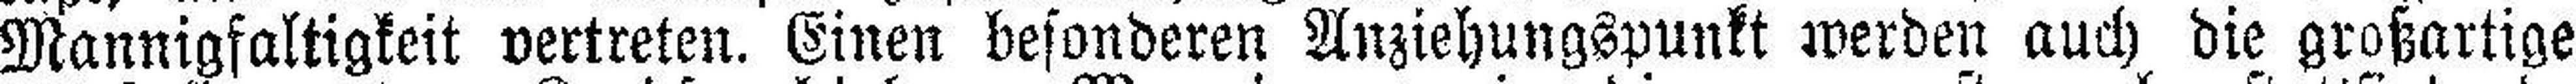
Mannigfaltigkeit vertreten. Einen besonderen Anziehungspunkt werden auch die großartige